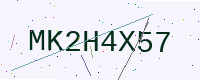
Text: MK2H4X57